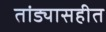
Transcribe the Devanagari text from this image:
तांड्यासहीत